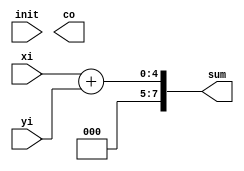
module sum4b(init, xi, yi,co, sum);

  input init;
  input [3 :0] xi;
  input [3 :0] yi;
  output co;
  output [7 :0] sum;
  
  
  wire [7:0] st;
  assign sum= st[7:0];

  assign st  = 	xi+yi;

endmodule